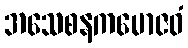
အသေစနကမောဇဝံ